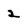
Character: 2